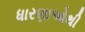
ધારણાઓથી